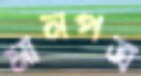
মানপত্র